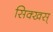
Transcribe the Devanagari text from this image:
सिक्खस्